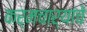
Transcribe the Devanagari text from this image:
कर्मचार्यांचे